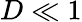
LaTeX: D\ll 1